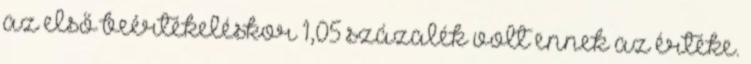
az első beértékeléskor 1,05 százalék volt ennek az értéke.